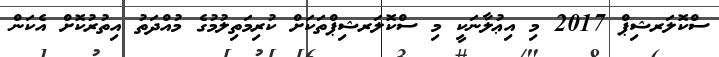
ސްކޮލަރޝިޕް 2017 މި އިޢުލާނަކީ މި ސްކޮލަރޝިޕްތަކަށް ކުރިމަތިލުމުގެ މުއްދަތު އިތުރުކޮށް އެކަން